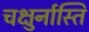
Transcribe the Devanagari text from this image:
चक्षुर्नास्ति